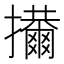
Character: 𢹜